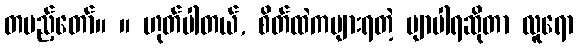
တပည့်တော်။ ။ ဟုတ်ပါတယ်, စိတ်ထဲကများရတဲ့ ဗျာပါရဆိုတာ လူရော